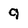
Character: 9